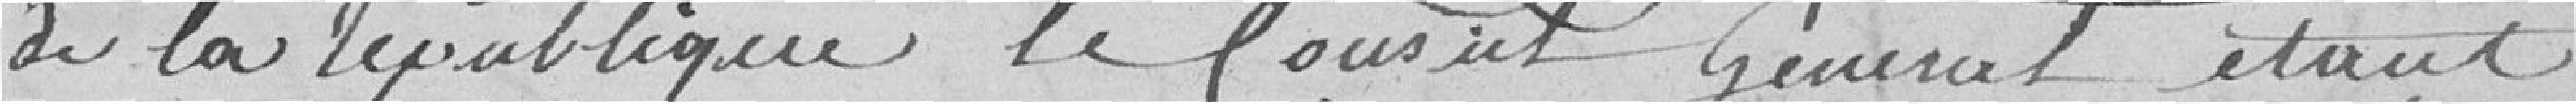
de la république le Conseil Général étant